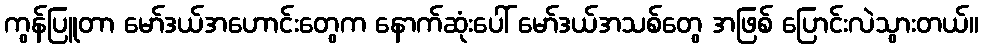
ကွန်ပြူတာ မော်ဒယ်အဟောင်းတွေက နောက်ဆုံးပေါ် မော်ဒယ်အသစ်တွေ အဖြစ် ပြောင်းလဲသွားတယ်။